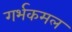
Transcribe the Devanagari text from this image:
गर्भकमल